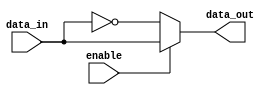
module active_low_buffer(
    input wire data_in,
    input wire enable,
    output wire data_out
);

assign data_out = enable ? data_in : ~data_in;

endmodule